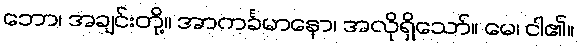
ဘော၊ အချင်းတို့။ အာကင်္ခမာနော၊ အလိုရှိသော်။ မေ၊ ငါ၏။